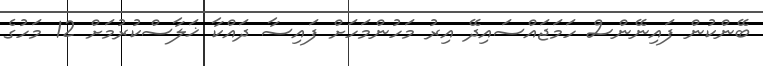
ބޭންކުން ފައިނޭންސް ހަމަޖައްސައިދޭ އިރު މަހުންމަހަށް ފައިސާ ދައްކާ ޚަލާސްކުރުމަށް 12 މަހުގެ